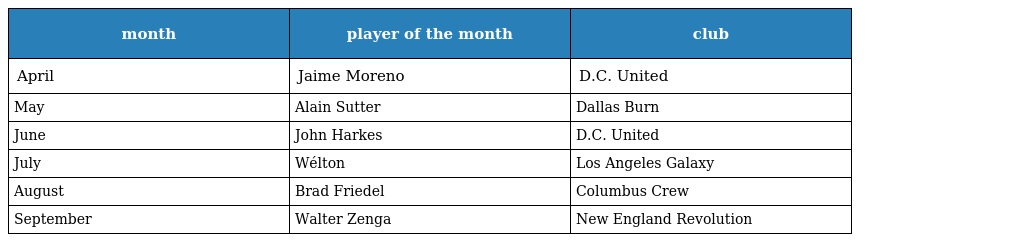
| month | player of the month | club |
 | --- | --- | --- |
 | April | Jaime Moreno | D.C. United |
 | May | Alain Sutter | Dallas Burn |
 | June | John Harkes | D.C. United |
 | July | Wélton | Los Angeles Galaxy |
 | August | Brad Friedel | Columbus Crew |
 | September | Walter Zenga | New England Revolution |